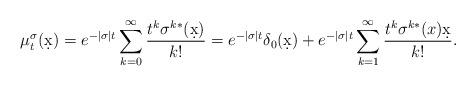
LaTeX: \begin{align*}\mu^\sigma_t(\d{x}) = e^{-|\sigma|t} \sum_{k=0}^\infty \frac{t^k \sigma^{k*}(\d{x})}{k!} = e^{-|\sigma|t} \delta_0(\d{x}) + e^{-|\sigma|t} \sum_{k=1}^\infty \frac{t^k \sigma^{k*}(x)\d{x}}{k!}.\end{align*}